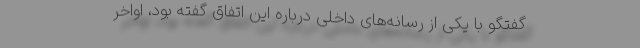
گفتگو با یکی از رسانه‌های داخلی درباره این اتفاق گفته بود، اواخر